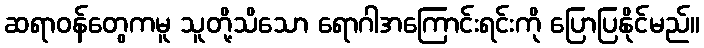
ဆရာဝန်တွေကမူ သူတို့သိသော ရောဂါအကြောင်းရင်းကို ပြောပြနိုင်မည်။